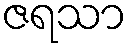
ဇရသာ